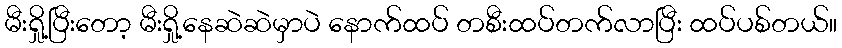
မီးရှို့ပြီးတော့ မီးရှို့နေဆဲဆဲမှာပဲ နောက်ထပ် တစီးထပ်တက်လာပြီး ထပ်ပစ်တယ်။